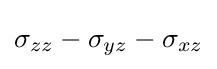
\sigma _{zz}-\sigma _{yz}-\sigma _{xz}